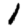
Digit: 1